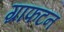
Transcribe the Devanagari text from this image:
ग्राफटन